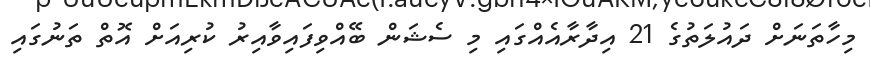
މިހާތަނަށް ދައުލަތުގެ 21 އިދާރާއެއްގައި މި ސެޝަން ބޭއްވިފައިވާއިރު ކުރިއަށް އޮތް ތަނުގައި